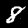
Label: 8